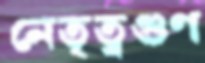
নেতৃত্বগুণ